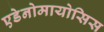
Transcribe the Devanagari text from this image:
एडेनोमायोसिस